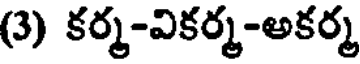
(3) కర్మ-వికర్మ-అకర్మ